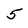
Character: 5